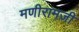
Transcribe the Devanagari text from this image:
मणीरामजी